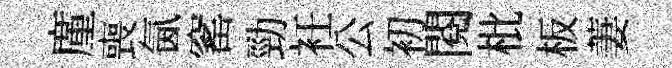
廑喪氤窰勁衽公初閱枇板萋